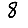
Digit: 8